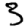
Digit: 3